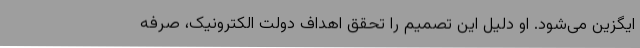
ایگزین می‌شود. او دلیل این تصمیم را تحقق اهداف دولت الکترونیک، صرفه